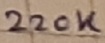
Text: 220K